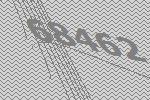
68462